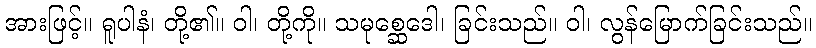
အားဖြင့်။ ရူပါနံ၊ တို့၏။ ဝါ၊ တို့ကို။ သမုစ္ဆေဒေါ၊ ခြင်းသည်။ ဝါ၊ လွန်မြောက်ခြင်းသည်။